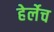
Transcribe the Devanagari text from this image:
हेर्लेच